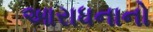
આરાધનાનો